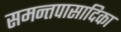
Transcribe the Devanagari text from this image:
समन्तपासादिका